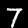
Label: 7